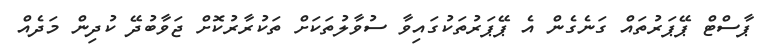
ޕާސްޓް ޕޭޕަރުތައް ގަނެގެން އެ ޕޭޕަރުތަކުގައިވާ ސުވާލުތަކަށް ތަކުރާރުކޮށް ޖަވާބުދޭ ކުދިން މަދެއް